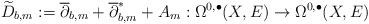
LaTeX: \begin{align*} \widetilde D_{b,m}:=\overline\partial_{b,m}+\overline{\partial}^*_{b,m}+A_m:\Omega^{0,\bullet}(X,E)\rightarrow\Omega^{0,\bullet}(X,E)\end{align*}